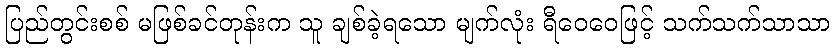
ပြည်တွင်းစစ် မဖြစ်ခင်တုန်းက သူ ချစ်ခဲ့ရသော မျက်လုံး ရီဝေဝေဖြင့် သက်သက်သာသာ